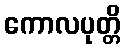
ကောလပုတ္တိ